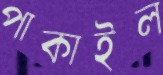
পাকাইল